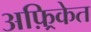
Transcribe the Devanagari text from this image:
अफ़्रिकेत